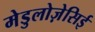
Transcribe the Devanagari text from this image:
मेडुलोज़ेसिई